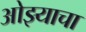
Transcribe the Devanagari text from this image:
ओझ्याचा